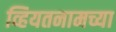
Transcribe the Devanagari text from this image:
व्हियतनामच्या